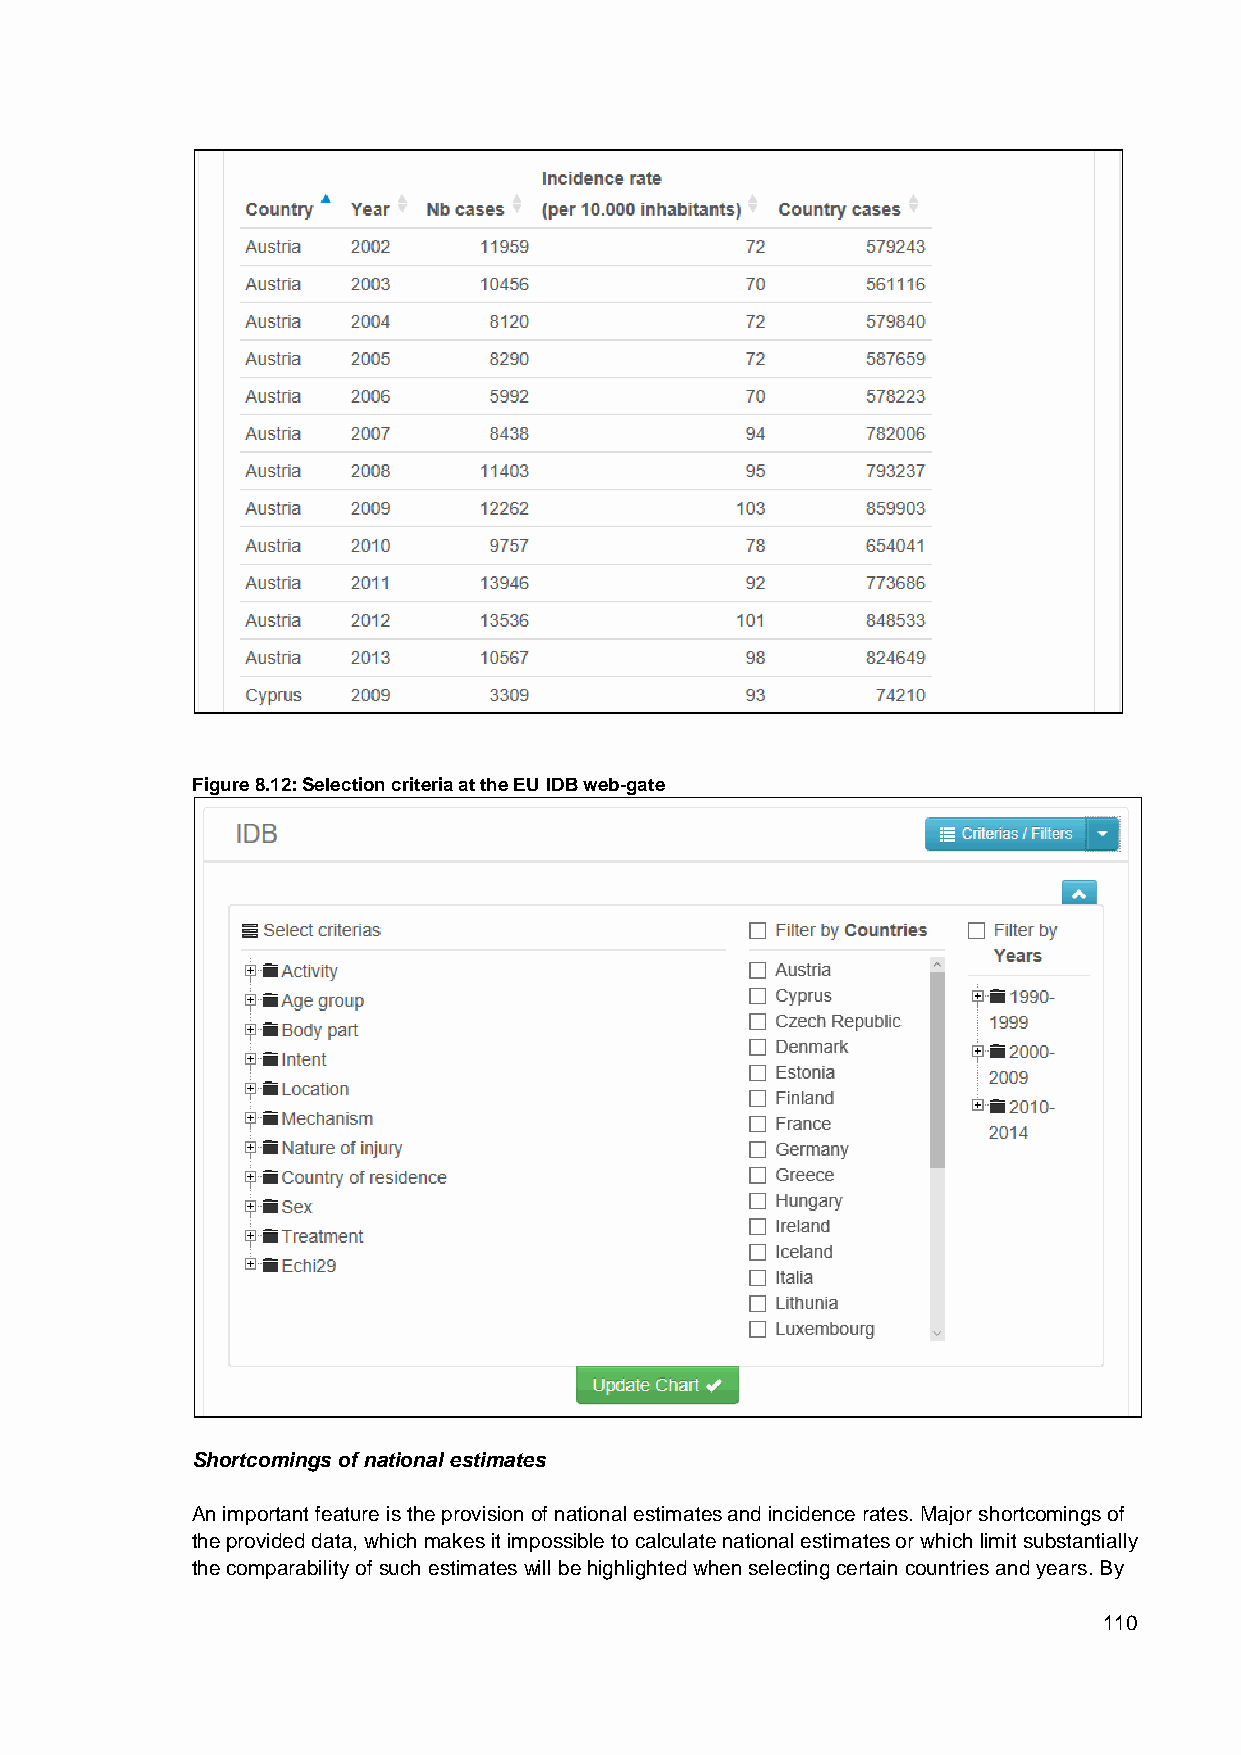
Figure 8.12: Selection criteria at the EU IDB web-gate
 Shortcomings of national estimates
 An important feature is the provision of national estimates and incidence rates. Major shortcomings of
 the provided data, which makes it impossible to calculate national estimates or which limit substantially
 the comparability of such estimates will be highlighted when selecting certain countries and years. By
 110